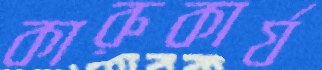
কারুকার্য